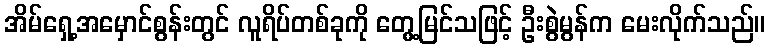
အိမ်ရှေ့အမှောင်စွန်းတွင် လူရိပ်တစ်ခုကို တွေ့မြင်သဖြင့် ဦးစွဲမွန်က မေးလိုက်သည်။